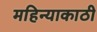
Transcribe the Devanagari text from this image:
महिन्याकाठी